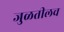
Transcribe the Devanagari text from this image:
जुळतीलच